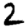
Digit: 2